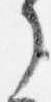
了